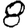
Digit: 8